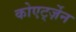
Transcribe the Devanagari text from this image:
कोएर्ट्ज़ेन